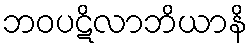
ဘဝပဋိလာဘိယာနိ